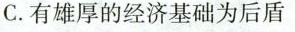
C.有雄厚的经济基础为后盾